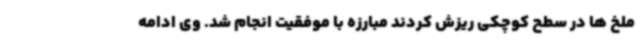
ملخ ها در سطح کوچکی ریزش کردند مبارزه با موفقیت انجام شد. وی ادامه